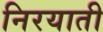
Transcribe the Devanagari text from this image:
निरयाती